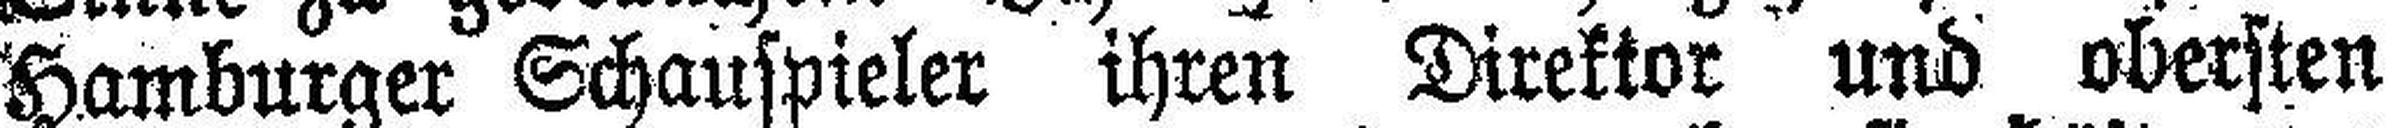
Hamburger Schauspieler ihren Direktor und obersten